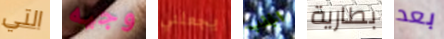
التي وجيه يجعلني الجذب بطارية بعد